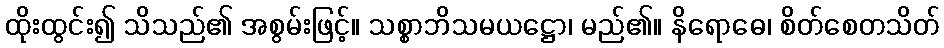
ထိုးထွင်း၍ သိသည်၏ အစွမ်းဖြင့်။ သစ္စာဘိသမယဋ္ဌော၊ မည်၏။ နိရောဓေ၊ စိတ်စေတသိတ်